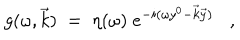
g ( \omega , \vec { k } ) \; = \; \eta ( \omega ) \; e ^ { - i ( \omega y ^ { 0 } - \vec { k } \vec { y } ) } ,